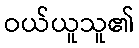
ဝယ်ယူသူ၏